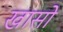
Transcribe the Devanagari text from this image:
खासो